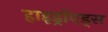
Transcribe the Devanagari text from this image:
हाइड्रॉएड्स